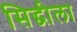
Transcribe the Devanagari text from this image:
सिद्धीला